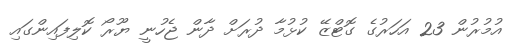
އުމުރުން 23 އަހަރުގެ ގޮޓްޒޭ ކުޅުމާ ދުރަށް ދާން ޖެހުނީ ޔޫރޯ ކޮލިފައިންގައި